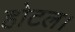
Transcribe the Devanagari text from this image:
होटल।